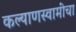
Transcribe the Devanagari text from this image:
कल्याणस्वामींचा